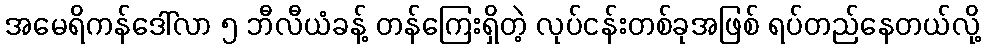
အမေရိကန်ဒေါ်လာ ၅ ဘီလီယံခန့် တန်ကြေးရှိတဲ့ လုပ်ငန်းတစ်ခုအဖြစ် ရပ်တည်နေတယ်လို့